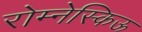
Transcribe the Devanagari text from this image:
रोम्नेस्किऊ